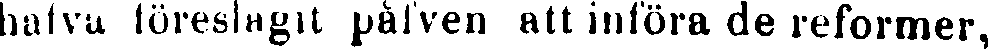
bafva föreslagit påfven att införa de reformer,